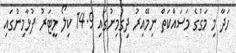
ހަދާ މި މަގުގެ މަސައްކަތް ނިމޭއިރު ދިގުމިނުގައި 14.9 ކިލޯ މީޓަރު ފުޅާމިނުގައި